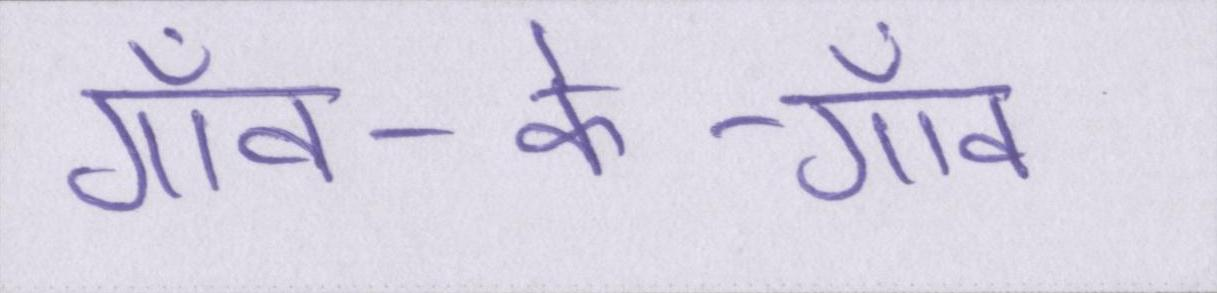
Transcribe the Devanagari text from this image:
गाँव-के-गाँव